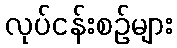
လုပ်ငန်းစဉ်များ